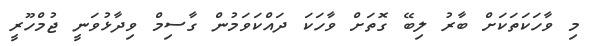
މި ވާހަކަތަކަށް ބާރު ލިބޭ ގޮތަށް ވާހަކަ ދައްކަވަމުން ގާސިމް ވިދާޅުވަނީ ޖުމްހޫރީ